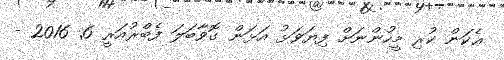
ޢެކަން ކުރި މީހުންނަށް ފިޔަވަޅު އަޅަން ގޮވާބަލަ ފެބްރުއަރީ 6